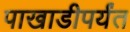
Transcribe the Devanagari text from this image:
पाखाडीपर्यंत